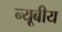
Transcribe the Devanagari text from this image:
न्यूबीय